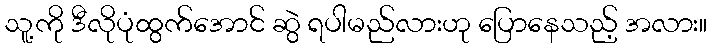
သူ့ကို ဒီလိုပုံထွက်အောင် ဆွဲ ရပါမည်လားဟု ပြောနေသည့် အလား။